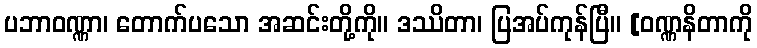
ပဘာဝဏ္ဏာ၊ တောက်ပသော အဆင်းတို့ကို။ ဒဿိတာ၊ ပြအပ်ကုန်ပြီ။ [ဝဏ္ဏနိတာကို